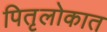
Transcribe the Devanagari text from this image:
पितृलोकात